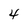
Character: 4